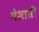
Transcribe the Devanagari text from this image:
येशाजी